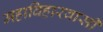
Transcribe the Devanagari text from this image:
महाविहारवासी